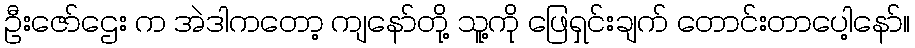
ဦးဇော်ဌေး က အဲဒါကတော့ ကျနော်တို့ သူ့ကို ဖြေရှင်းချက် တောင်းတာပေါ့နော်။